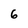
Character: 6